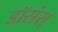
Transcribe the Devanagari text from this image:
डॉसंस्